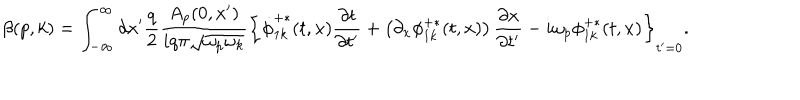
LaTeX: \beta ( p , k ) = \int _ { - \infty } ^ { \infty } d x ^ { \prime } \frac { q } { 2 } \frac { A _ { p } ( 0 , x ^ { \prime } ) } { i q \pi \sqrt { \omega _ { p } \omega _ { k } } } \left\{ \dot { \phi } _ { 1 k } ^ { + \ast } ( t , x ) { \frac { \partial t } { \partial t ^ { \prime } } } + \left( \partial _ { x } \phi _ { 1 k } ^ { + \ast } ( t , x ) \right) { \frac { \partial x } { \partial t ^ { \prime } } } - i \omega _ { p } \phi _ { 1 k } ^ { + \ast } ( t , x ) \right\} _ { t ^ { \prime } = 0 } .